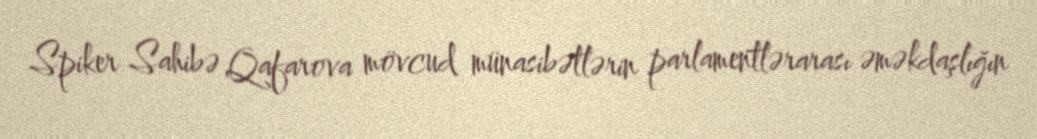
Spiker Sahibə Qafarova mövcud münasibətlərin parlamentlərarası əməkdaşlığın